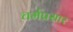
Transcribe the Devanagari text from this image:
चर्मप्रसार